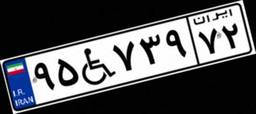
۹۵W۷۳۹۷۲